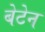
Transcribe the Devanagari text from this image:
बेटेन